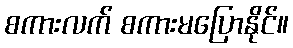
စကားလက် စကားမပြောနိုင်။